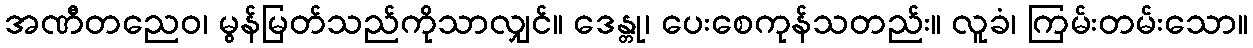
အဏီတညေဝ၊ မွန်မြတ်သည်ကိုသာလျှင်။ ဒေန္တု၊ ပေးစေကုန်သတည်း။ လူခံ၊ ကြမ်းတမ်းသော။